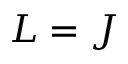
L = J